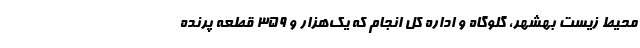
محیط زیست بهشهر، گلوگاه و اداره کل انجام که یک‌هزار و ۳۵۹ قطعه پرنده